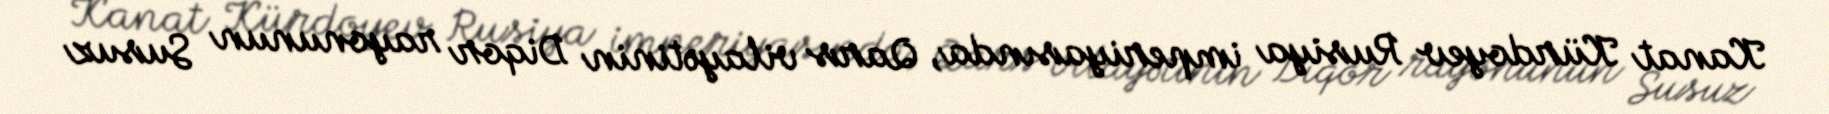
Kanat Kürdoyev Rusiya imperiyasında, Qars vilayətinin Diqor rayonunun Susuz